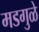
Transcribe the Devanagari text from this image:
मडगुळे